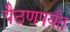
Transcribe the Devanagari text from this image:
पैठणपर्यंत